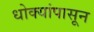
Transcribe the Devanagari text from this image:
धोक्यांपासून